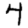
Digit: 4